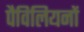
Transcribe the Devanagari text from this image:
पैविलियनों